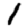
Digit: 1